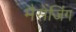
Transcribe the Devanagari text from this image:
मैसेंजिंग